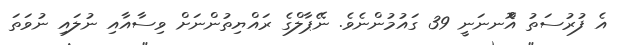
އެ ފުރުސަތު އޮްނނަނީ 39 ގައުމުންނެވެ. ނޭޕާލްގެ ރައްޔިތުންނަށް ވިސާއާއި ނުލައި ނުވަތަ